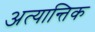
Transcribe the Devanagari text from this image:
अत्यान्तिक